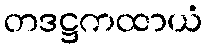
တဒဋ္ဌကထာယံ